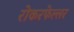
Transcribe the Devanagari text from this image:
रोकरफेल्लर